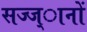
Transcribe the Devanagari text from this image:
सज्ज्ानों